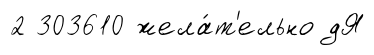
2 303610 жела́т'ельно дЯ